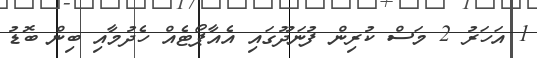
1 އަހަރު 2 މަސް ކުރިން ފުނަދޫގައި އެއާޕޯޓެއް ހެދުމާއި ބިން ބޮޑު